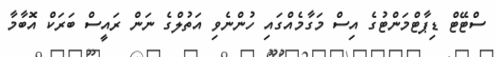
ސްޓޭޓް ޑިޕާޓްމަންޓުގެ އިސް މަގާމެއްގައި ހުންނެވި އަތުލްގެ ނަން ރައީސް ބަރަކް އޮބާމާ